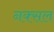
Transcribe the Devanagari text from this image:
नक्‍सल